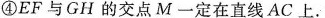
④EF与GH的交点M一定在直线AC上。E H；B F